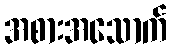
အစားအသောက်